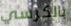
بالكرسي